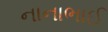
નાનાભાઈ